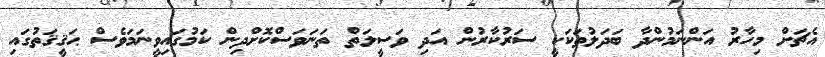
އެޗަށް މިހާރު އަންނަމުންދާ ބަދަލުތަކަކީ ސަރުކާރުން އަދި ވަސީލަތް ތަނަވަސްކޮށްދިން ކަމުގައިވީނަމަވެސް ޙަޤީޤަތުގައި